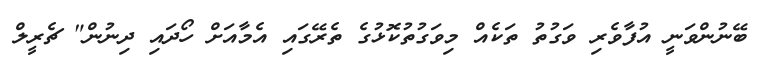
ބޭނުންވަނީ އުފާވެރި ވަގުތު ތަކެއް މިވަގުތުކޮޅުގެ ތެރޭގައި އެމާއަށް ހޯދައި ދިނުން" ޗެރީލް